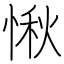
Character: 愀